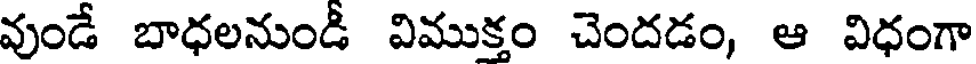
వుండే బాధలనుండీ విముక్తం చెందడం, ఆ విధంగా